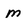
Character: m